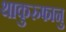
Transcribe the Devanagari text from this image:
थाकुरुफानु